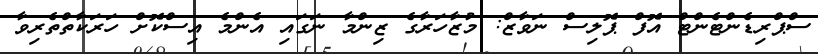
ސްޕްރިޑެންޓެންޓް އޮފް ޕޮލިސް ނަވާޒް: މުޒާހަރާގެ ޒިންމާ ނަގައި އެންމެ އިސްކޮށް ހަރަކާތްތެރިވާ